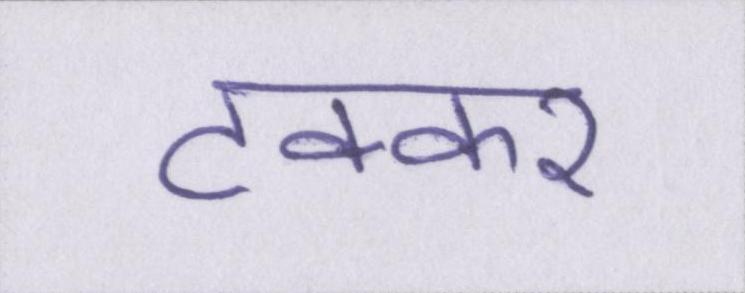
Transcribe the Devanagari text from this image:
टक्कर